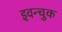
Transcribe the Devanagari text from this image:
इवन्चुक